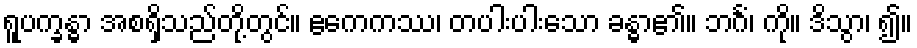
ရူပက္ခန္ဓာ အစရှိသည်တို့တွင်။ ဧကေကဿ၊ တပါးပါးသော ခန္ဓာ၏။ ဘင်္ဂံ၊ ကို။ ဒိသွာ၊ ၍။